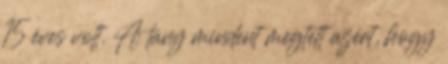
15 éves volt. A lány mindent megtett azért, hogy